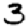
Digit: 3